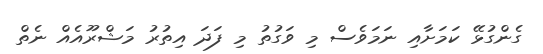
ގެންގުޅޭ ކަމަށާއި ނަމަވެސް މި ވަގުތު މި ފަދަ އިތުރު މަޝްރޫއެއް ނެތް